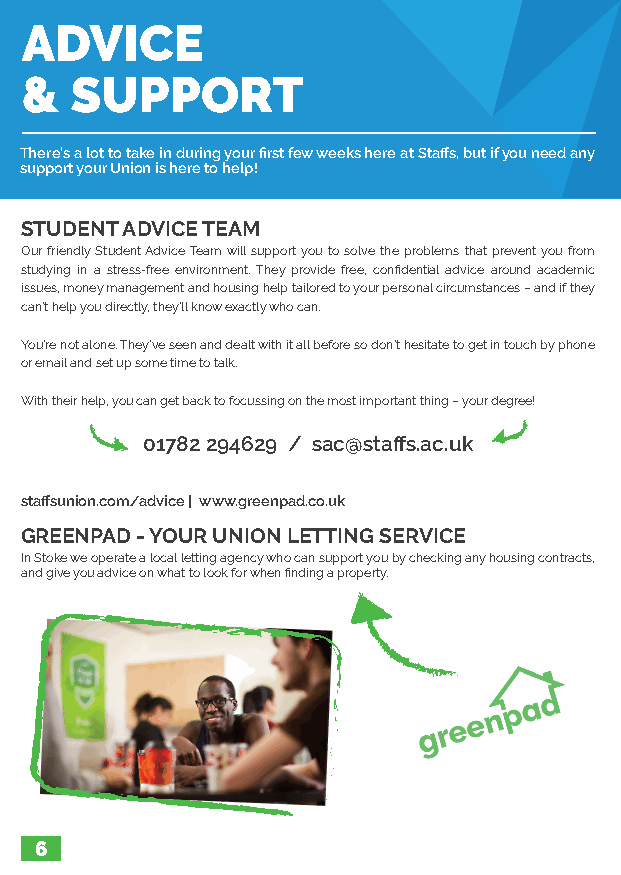
ADVICE
 &   SUPPORT
 There’s a lot to take in during your first few weeks here at Staffs, but if you need any
 support your Union is here to help!
 STUDENT ADVICE TEAM
 Our friendly Student Advice Team will support you to solve the problems that prevent you from
 studying in a stress-free environment. They provide free, confidential advice around academic
 issues, money management and housing help tailored to your personal circumstances – and if they
 can’t help you directly, they’ll know exactly who can.
 You’re not alone. They’ve seen and dealt with it all before so don’t hesitate to get in touch by phone
 or email and set up some time to talk.
 With their help, you can get back to focussing on the most important thing – your degree!
 01782 294629 / sac@staffs.ac.uk
 staffsunion.com/advice | www.greenpad.co.uk
 GREENPAD - YOUR UNION LETTING SERVICE
 In Stoke we operate a local letting agency who can support you by checking any housing contracts,
 and give you advice on what to look for when finding a property.
 6